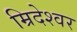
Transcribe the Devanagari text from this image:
म्रिदेश्वर